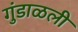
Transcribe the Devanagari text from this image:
गुंडाळली